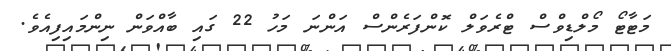
މަޓާޓޯ މޯލްޑިވްސް ޓްރެވަލް ކޮންފަރެންސް އަންނަ މަހު 22 ގައި ބާއްވަން ނިންމައިފިއެވެ.